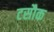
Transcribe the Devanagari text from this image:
टसौक